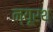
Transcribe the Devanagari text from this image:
न्यूरथ